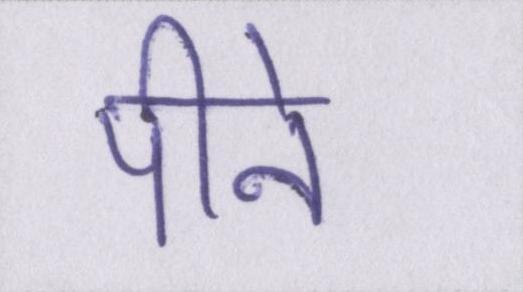
पीने